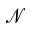
\mathcal { N }